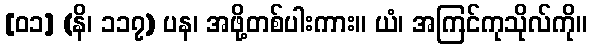
[၀၁] (နိ၊ ၁၁၇) ပန၊ အဖို့တစ်ပါးကား။ ယံ၊ အကြင်ကုသိုလ်ကို။